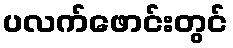
ပလက်ဖောင်းတွင်